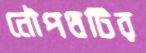
নৌপথটির